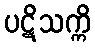
ပဋိသက္ကိ